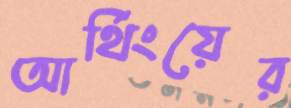
আর্থিংয়ের